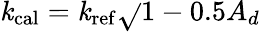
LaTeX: \mathit{k}_{\mathrm{{cal}}}=\mathit{k}_{\mathrm{{ref}}}\sqrt{}{{1-0.5A_{d}}}